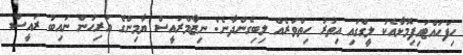
ހިފަހައްޓައިފިމޮޅާއެކު ލީގްގައި އިތުރު ހިތްވަރެއް ލިބިގެންދާނެ: ނިޒާމްރައީސް ޔާމިންގެ އަރިހުން ނައިބު ރައީސް